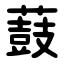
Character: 薣